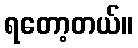
ရတော့တယ်။